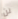
لن